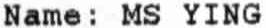
NAME: MS YING